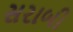
સરાબી